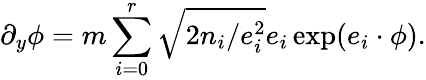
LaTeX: \partial_{y}\phi=m\sum_{i=0}^{r}\sqrt{2n_{i}/e_{i}^{2}}e_{i}\exp(e_{i}\cdot\phi).